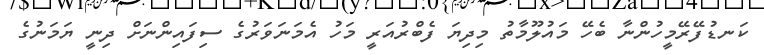
ކަނޑުފޭރޭމީހުންނާ ބެހޭ މައުލޫމާތު މިދިޔަ ފެބްރުއަރީ މަހު އެމަނަވަރުގެ ސިފައިންނަށް ދިނީ ޔަމަނުގެ